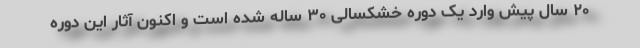
۲۰ سال پیش وارد یک دوره خشکسالی ۳۰ ساله شده است و اکنون آثار این دوره